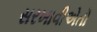
સરખાવીએતો